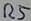
Text: R5